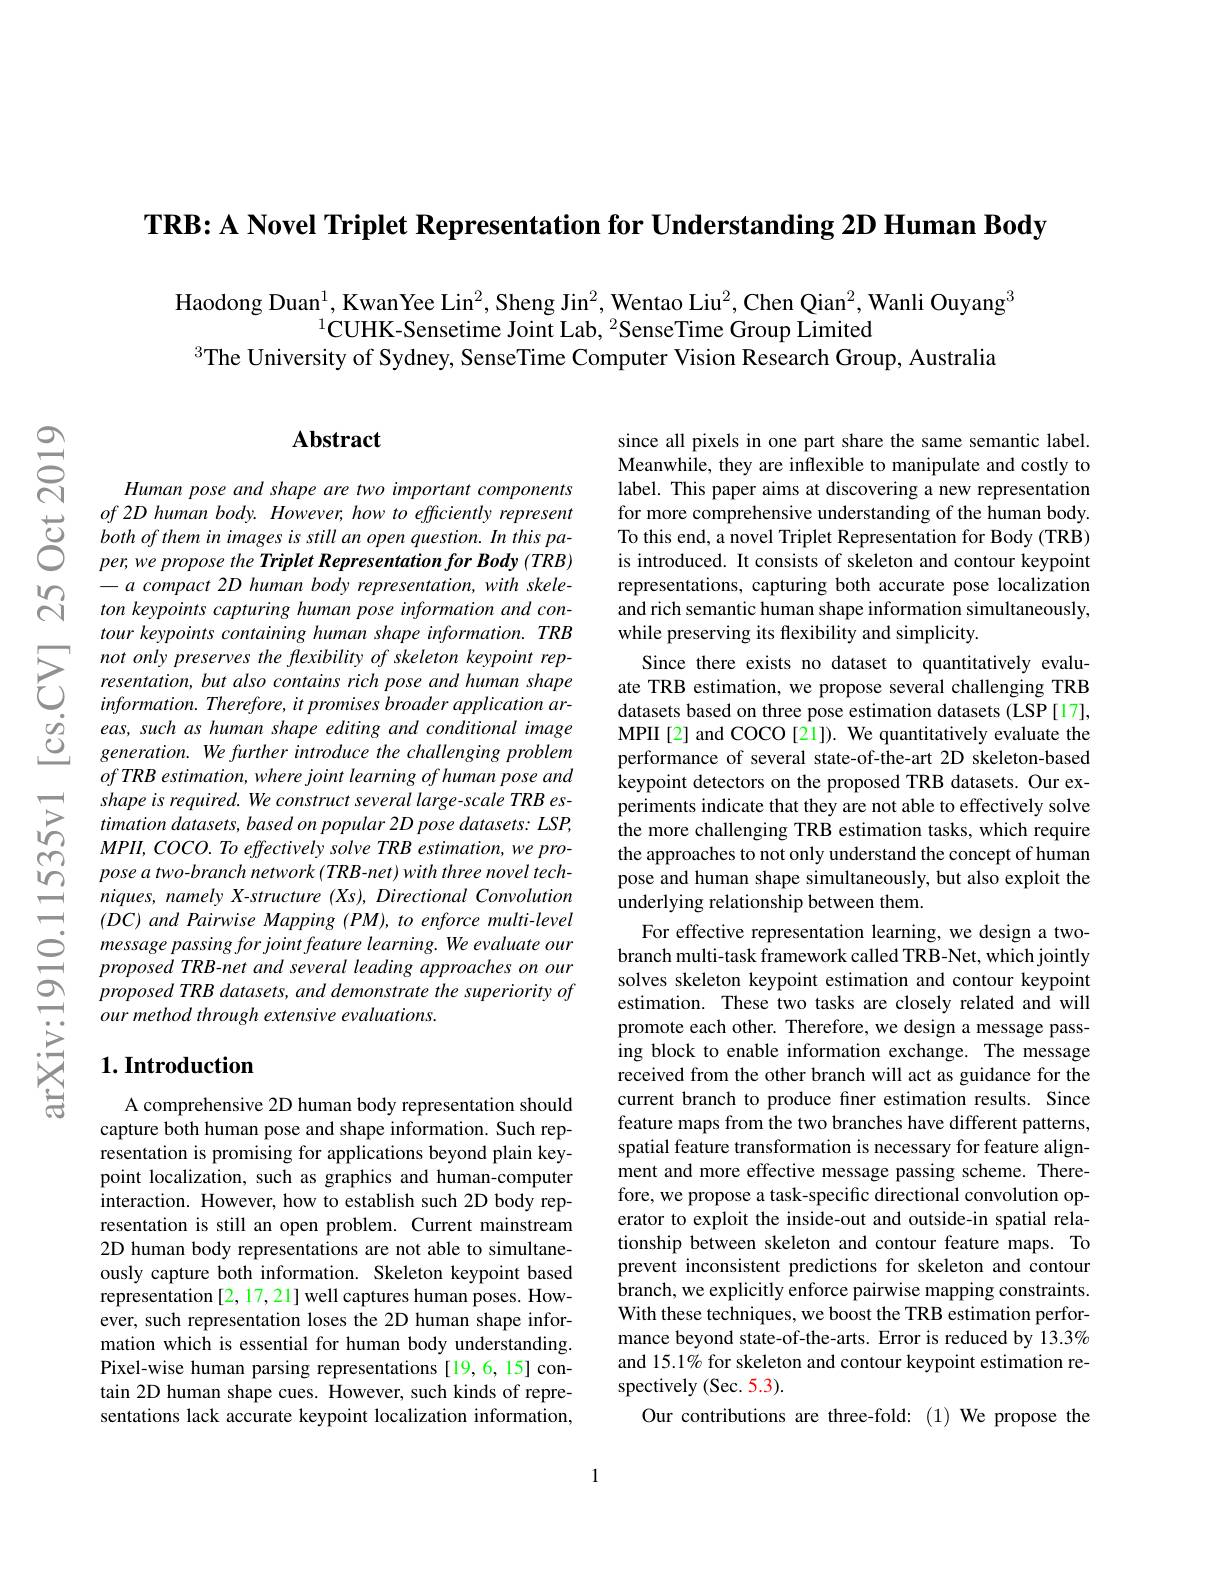
TRB: A Novel Triplet Representation for Understanding 2D Human Body

$ਨ੍રਿ$

Haodong Duan$^1$, KwanYee Lin$^2$, Sheng Jin$^2$, Wentao Liu$^2$, Chen Qian$^2$, Wanli Ouyang$^3$
$^{1}$CUHK-Sensetime Joint Lab, $^2$SenseTime Group Limited
$^{3}$The University of Sydney, SenseTime Computer Vision Research Group, Australia

### $\mathbf{Abstract}$

Human pose and shape are two important components
$\begin{array}{lll}&of2D\:human\:body.&However,\:how\:to\:efficiently\:represent\\\text{ರ್ರ}&both\:of\:them\:in\:images\:is\:sitill\:an\:open\:question.\:In\:this\:pa-1\\\text{ರ}&per,we\:propose\:the\:Triplet\:Representation\:for\:Body\:(TRB)\end{array}$
$-a$ compact 2D human body representation, with skeleton keypoints capturing human pose information and contour keypoints containing human shape information. TRB not only preserves the flexibility of skeleton keypoint representation, but also contains rich pose and human shape $information.Therefore,itpromisesbroaderapplicationar-$ eas, such as human shape editing and conditional image generation. We further introduce the challenging problem of TRB estimation, where joint learning of human pose and shape is required. We construct several large-scale TRB estimation datasets, based on popular 2D pose datasets: LSP, $MPII, COCO. \textit{ To effectively solve TRB estimation, we pro- }$ pose a two- branch network (TRB- net) with three novel techniques, namely X-structure (Xs), Directional Convolution $(DC)$ and Pairwise Mapping (PM), to enforce multi-level message passing for joint feature learning. We evaluate our proposed TRB-net and several leading approaches on our $proposed\textit{TRB datasets, and demonstrate the superiority of}$ our method through extensive evaluations.

since all pixels in one part share the same semantic label. Meanwhile, they are inflexible to manipulate and costly to label. This paper aims at discovering a new representation for more comprehensive understanding of the human body. To this end, a novel Triplet Representation for Body (TRB) is introduced. It consists of skeleton and contour keypoint representations, capturing both accurate pose localization and rich semantic human shape information simultaneously, while preserving its flexibility and simplicity.
Since there exists no dataset to quantitatively evaluate TRB estimation, we propose several challenging TRB datasets based on three pose estimation datasets (LSP[17], MPII [2] and COCO [21]). We quantitatively evaluate the performance of several state-of-the-art 2D skeleton-based keypoint detectors on the proposed TRB datasets. Our experiments indicate that they are not able to effectively solve the more challenging TRB estimation tasks, which require the approaches to not only understand the concept of human pose and human shape simultaneously, but also exploit the underlying relationship between them.
For effective representation learning, we design a twobranch multi-task framework called TRB-Net, which jointly solves skeleton keypoint estimation and contour keypoint estimation. These two tasks are closely related and will promote each other. Therefore, we design a message passing block to enable information exchange. The message received from the other branch will act as guidance for the current branch to produce finer estimation results. Since feature maps from the two branches have different patterns, spatial feature transformation is necessary for feature alignment and more effective message passing scheme. Therefore, we propose a task-specific directional convolution operator to exploit the inside-out and outside-in spatial relationship between skeleton and contour feature maps. To prevent inconsistent predictions for skeleton and contour branch, we explicitly enforce pairwise mapping constraints. With these techniques, we boost the TRB estimation performance beyond state-of-the-arts. Error is reduced by 13.3% and 15.1% for skeleton and contour keypoint estimation respectively (Sec. 5.3).
Our contributions are three-fold: (1) We propose the

## $1. \textbf{Introduction}$

A comprehensive 2D human body representation should capture both human pose and shape information. Such representation is promising for applications beyond plain keypoint localization, such as graphics and human-computer interaction. However, how to establish such 2D body representation is still an open problem. Current mainstream 2D human body representations are not able to simultaneously capture both information. Skeleton keypoint based representation [2, 17, 21] well captures human poses. However, such representation loses the 2D human shape information which is essential for human body understanding Pixel-wise human parsing representations [19,6,15] contain 2D human shape cues. However, such kinds of representations lack accurate keypoint localization information,

1